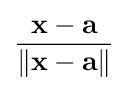
{\frac {\mathbf {x} -\mathbf {a} }{\|\mathbf {x} -\mathbf {a} \|}}